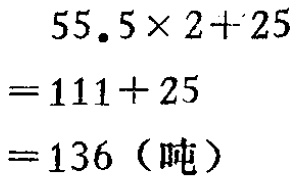
\[
\begin{align*}
&55.5\times2 + 25\\
=&111 + 25\\
=&136 \text{（吨）}
\end{align*}
\]